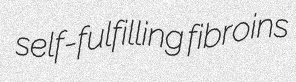
self-fulfilling fibroins